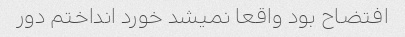
افتضاح بود واقعا نمیشد خورد انداختم دور